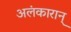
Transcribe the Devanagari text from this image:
अलंकारान्